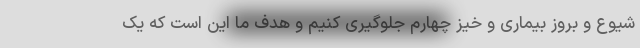
شیوع و بروز بیماری و خیز چهارم جلوگیری کنیم و هدف ما این است که یک